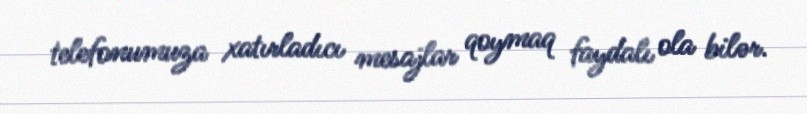
telefonumuza xatırladıcı mesajlar qoymaq faydalı ola bilər.